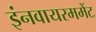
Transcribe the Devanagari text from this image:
इंनवायरममेंट